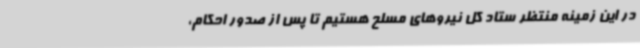
در این زمینه منتظر ستاد کل نیروهای مسلح هستیم تا پس از صدور احکام،